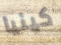
كينيا